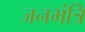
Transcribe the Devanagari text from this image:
जनभंत्रि